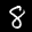
Label: 8